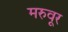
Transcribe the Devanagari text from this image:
मरुवूर